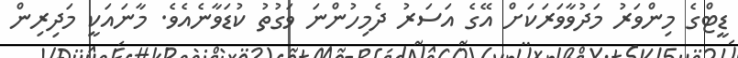
ޑީޓްގެ މިންވަރު މަދުވާވަރަކަށް އޭގެ އަސަރު ދެމިހުންނަ ވަގުތު ކުޑަވާނެއެވެ. މާނައަކީ މަދިރިން